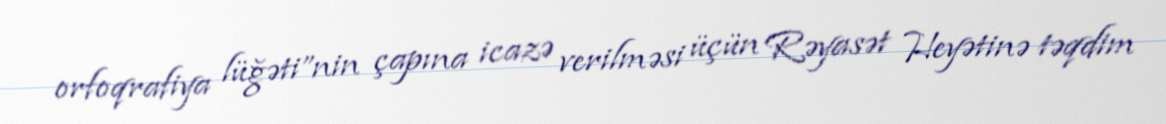
orfoqrafiya lüğəti”nin çapına icazə verilməsi üçün Rəyasət Heyətinə təqdim